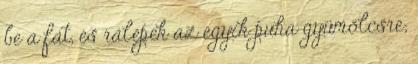
be a fát, és rálépek az egyik puha gyümölcsre;